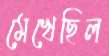
মেখেছিল